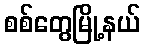
စစ်တွေမြို့နယ်